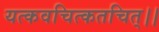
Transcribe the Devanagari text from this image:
यत्कवचित्कतचित्।।